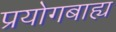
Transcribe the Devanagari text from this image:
प्रयोगबाह्य